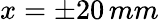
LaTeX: x=\pm 20\, mm